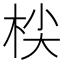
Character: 𣑷